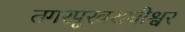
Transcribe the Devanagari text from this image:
तगरपूरवराधीश्वर